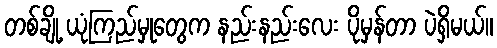
တစ်ချို့ ယုံကြည်မှုတွေက နည်းနည်းလေး ပိုမှန်တာ ပဲရှိမယ်။